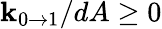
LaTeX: \mathbf{k}_{0\rightarrow1}/dA\geq0